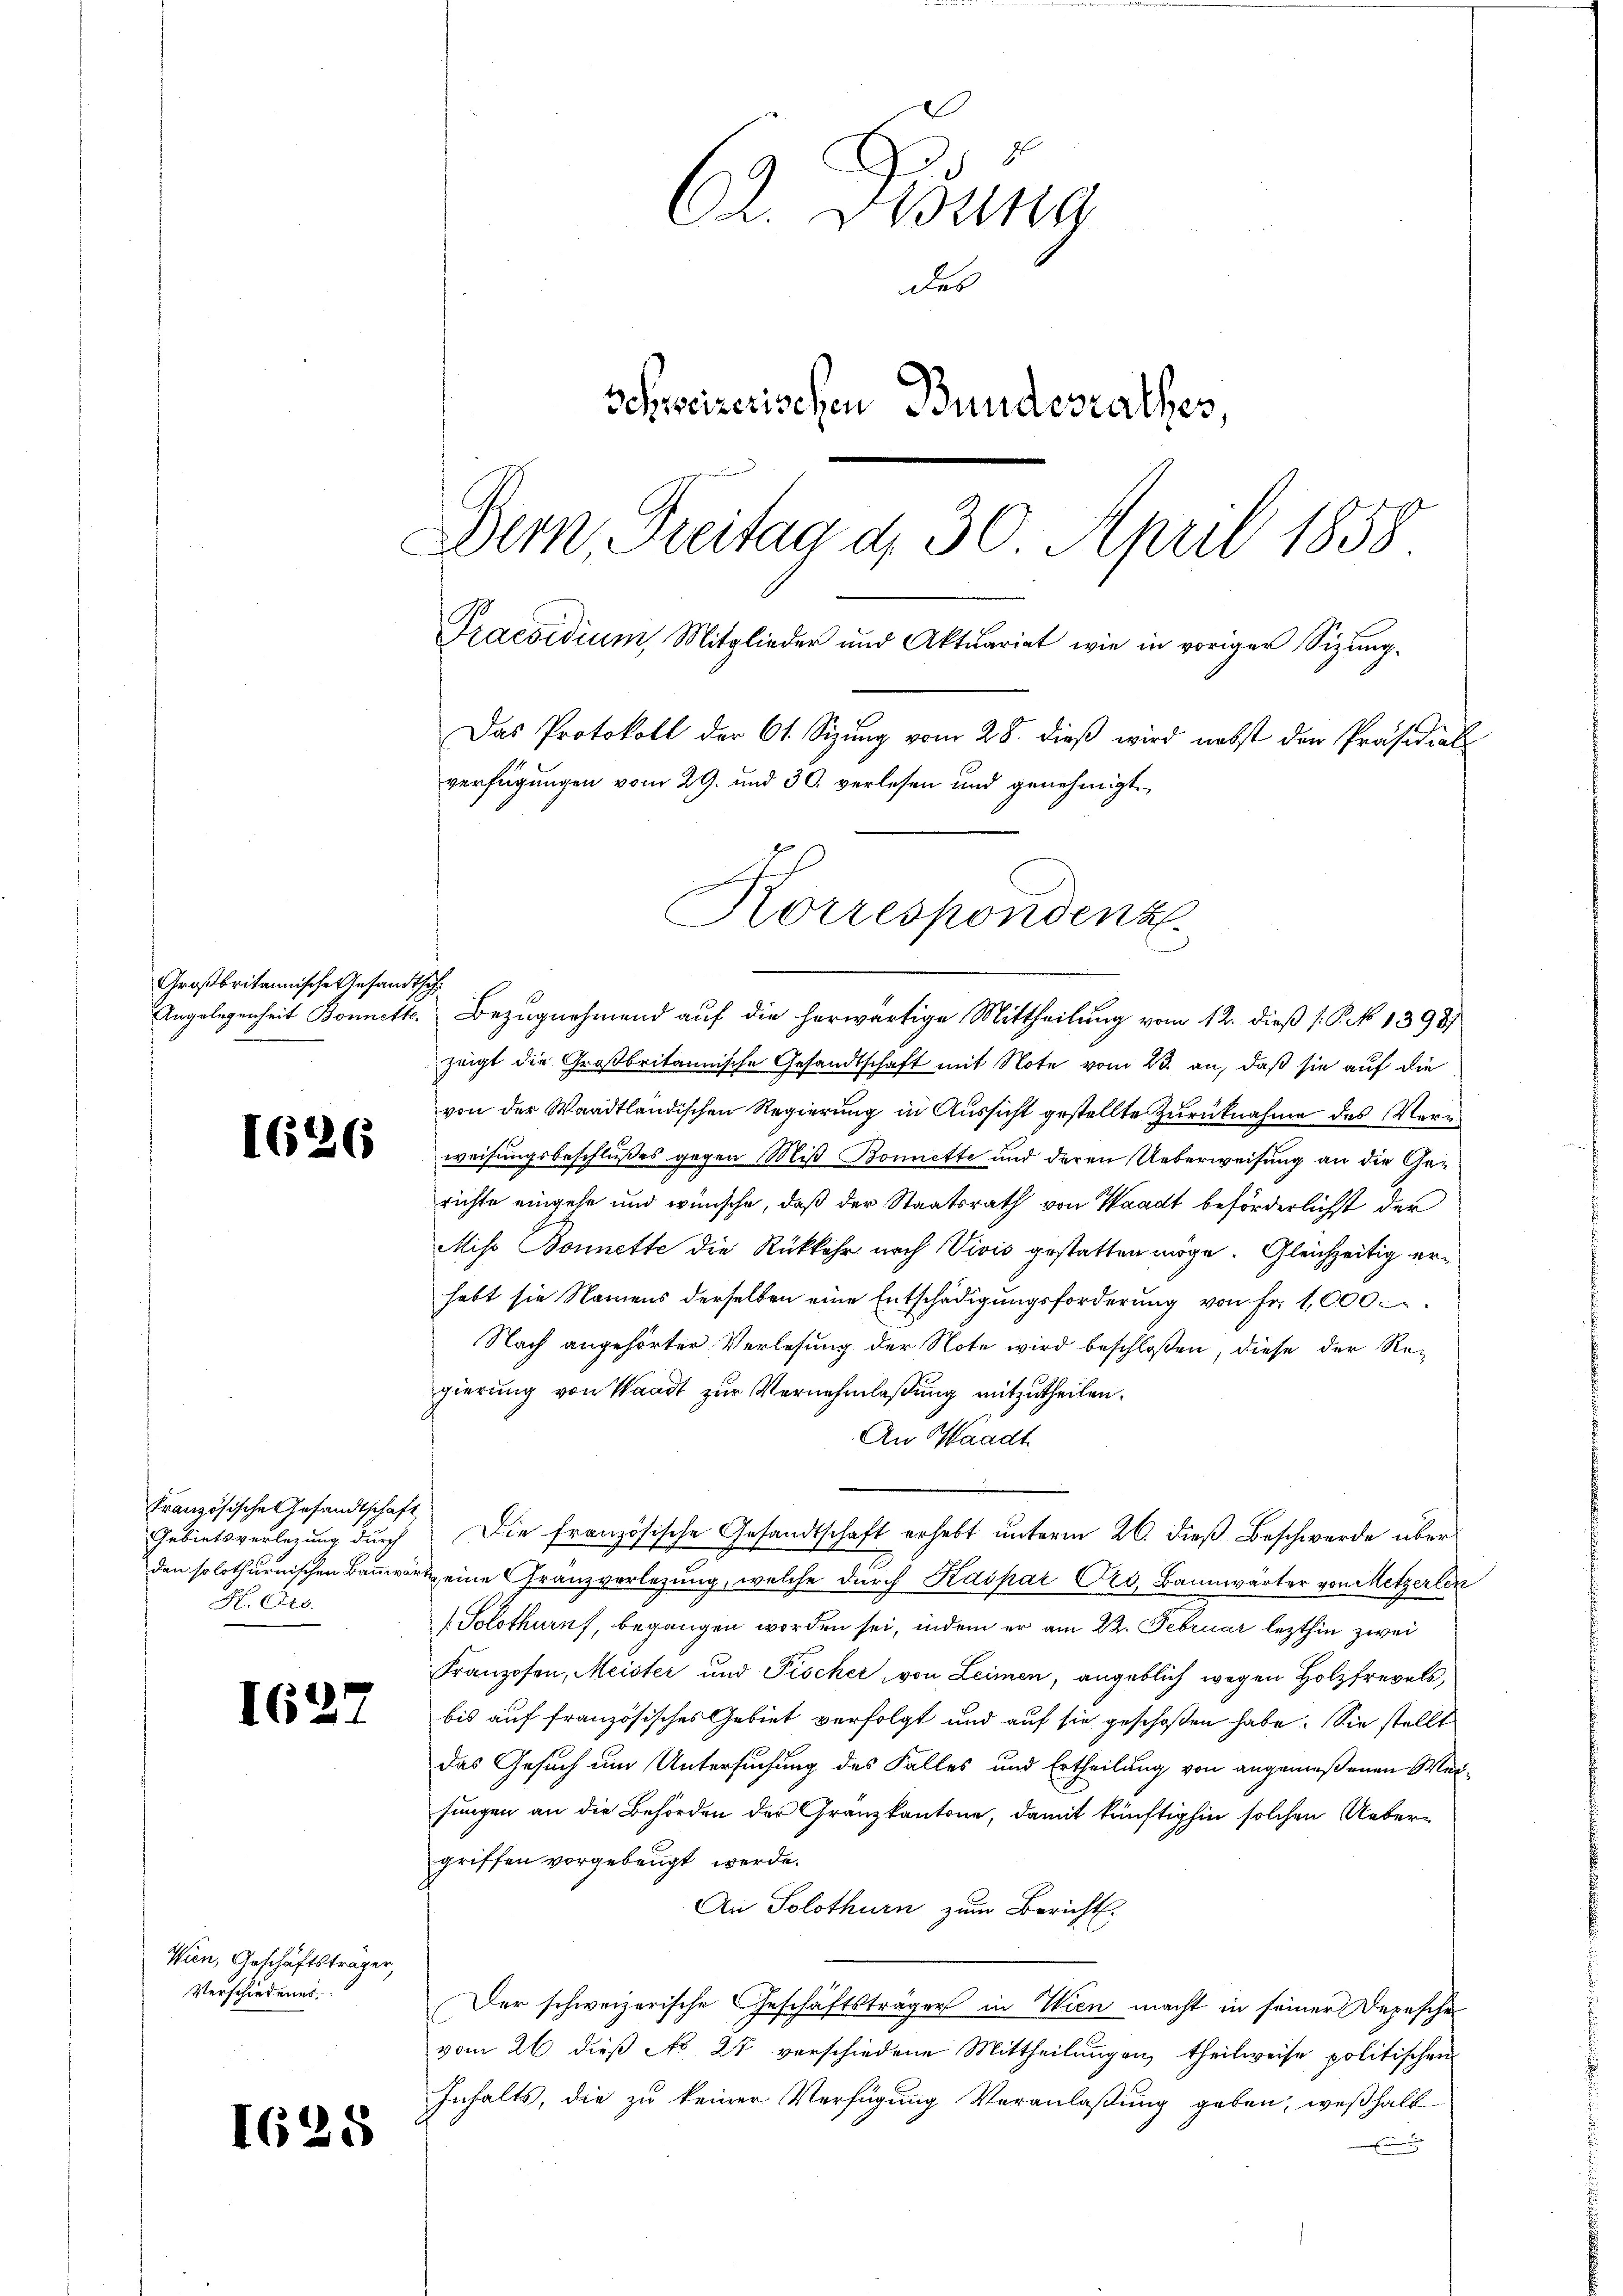
Großbritannische Gesand¬

626

Französische Gesandtschaft,
Gebietsverlegung durch
H. Pro.

1627

Wien, Geschäftsträger,
Verschiedenes

I625

C. Disung
des
Schweizerischen Bundesrathes,
Dern, Freitag d. 30. April 1858
Praesidium, Mitglieder und Aktuariat wie in voriger Sizŭng-
Das Protokoll der 61. Sizung vom 28. dieß wird nebst den Präsidial
verfügungen vom 29. und 30. verlesen und genehmigt,
Korrespondenz

2
Angelegenheit Bonnett. Bezugnahmend auf die herwärtige Mittheilung vom 12. dieß (P. No 1398)
zeigt die Großbritannische Gesandtschaft mit Note vom 23. an, daß sie auf die
von der Waadtländischen Regierung in Aussicht gestellte Zurücknahme des Verweisungsbeschlußes gegen Miß Bonnette und deren Ueberweisung an die Gerichte eingehe und wünsche, daß der Staatsrath von Waadt beförderlichst der
Miso Bonnette die Rückkehr nach Vivis gestatten möge. Gleichzeitig erhebt sie Namens derselben eine Entschädigungsforderung von Fr. 1,000.
Nach angehörter Verlesung der Note wird beschloßen, diese der Regierung von Waadt zur Vernehmlassung mitzutheilen.
An Waadt.
Die französische Gesandtschaft erhebt unterm 26. dieß Beschwerde überden solothurnischen Bannwart eine Gränzverlegung, welche durch Kaspar Ort. Bannwärter von Metzerlen
(Solothuruf, begangen worden sei, indem er am 22. Februar lezthin zwei
Franzosen, Meister und Pischer, von Leimen, angeblich wegen Holzfrevels,
bis auf französisches Gebiet verfolgt und auf sie geschoßen habe. Sie stellt
das Gesuch um Untersuchung des Falles und Ertheilung von angemeßenen Meifungen an die Behörden der Granzkantone, damit künftighin solchen Uebergriffen vorgebeugt werde.
An Solothurn zum Bericht.
Der schweizerische Geschäftsträgers in Wien macht in seiner Depesche
vom 26. dieβ No 27 verschiedene Mittheilŭngen, theilweise politischen
Inhalts, die zu keiner Verfügung Veranlaßung geben, weßhalb
.